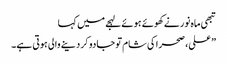
تبھی ماہ نور نے کھوئے ہوئے لہجے میں کہا
” علی، صحرا کی شام تو جادو کر دینے والی ہوتی ہے۔